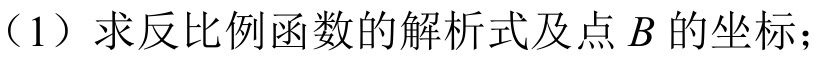
（1）求反比例函数的解析式及点 \(B\) 的坐标；